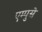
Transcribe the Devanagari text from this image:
एम्पुसे